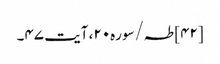
[۴۲] طہ/سوره۲۰، آیت ۴۷۔